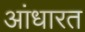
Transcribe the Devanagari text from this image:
आंधारत